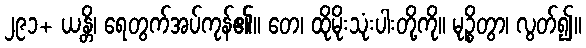
၂၉၁+ ယန္တိ၊ ရေတွက်အပ်ကုန်၏။ တေ၊ ထိုမိုးသုံးပါးတို့ကို။ မုဉ္စိတွာ၊ လွတ်၍။